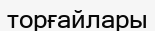
торғайлары